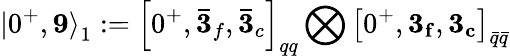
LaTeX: {|0^{+},{\mathbf 9}\rangle}_{1}:={\left[0^{+},{\mathbf{\bar{3}}_{f}},{\mathbf{\bar{3}}_{c}}\right]}_{qq}\bigotimes{\left[0^{+},{\mathbf{3_{f}}},{\mathbf{3_{c}}}\right]}_{\bar{q}\bar{q}}